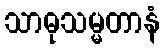
သာဓုသမ္မတာနံ